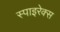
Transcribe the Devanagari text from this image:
स्पाइरेक्स